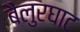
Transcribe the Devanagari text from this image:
बैलुरघाट